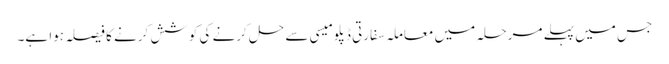
جس میں پہلے مرحلہ میں معاملہ سفارتی ڈپلومیسی سے حل کرنے کی کوشش کرنے کا فیصلہ ہوا ہے۔